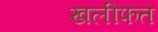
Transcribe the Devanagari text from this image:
खलीफत